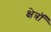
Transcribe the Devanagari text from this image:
क्षेत्रॉ